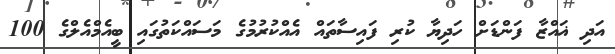
އަދި ޣައްޒާ ފަންޑަށް ހަދިޔާ ކުރި ފައިސާތައް އެއްކުރުމުގެ މަސައްކަތުގައި ބީއެމްއެލްގެ 100